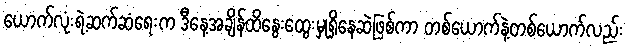
ယောက်လုံးရဲ့ဆက်ဆံရေးက ဒီနေ့အချိန်ထိနွေးထွေးမှုရှိနေဆဲဖြစ်ကာ တစ်ယောက်နဲ့တစ်ယောက်လည်း